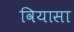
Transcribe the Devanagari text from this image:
वियासा